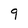
Character: 9